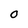
Character: O